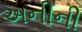
અનીની